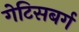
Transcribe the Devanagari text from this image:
गेटिसबर्ग